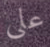
على